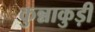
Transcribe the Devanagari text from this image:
कुन्नाकुड़ी